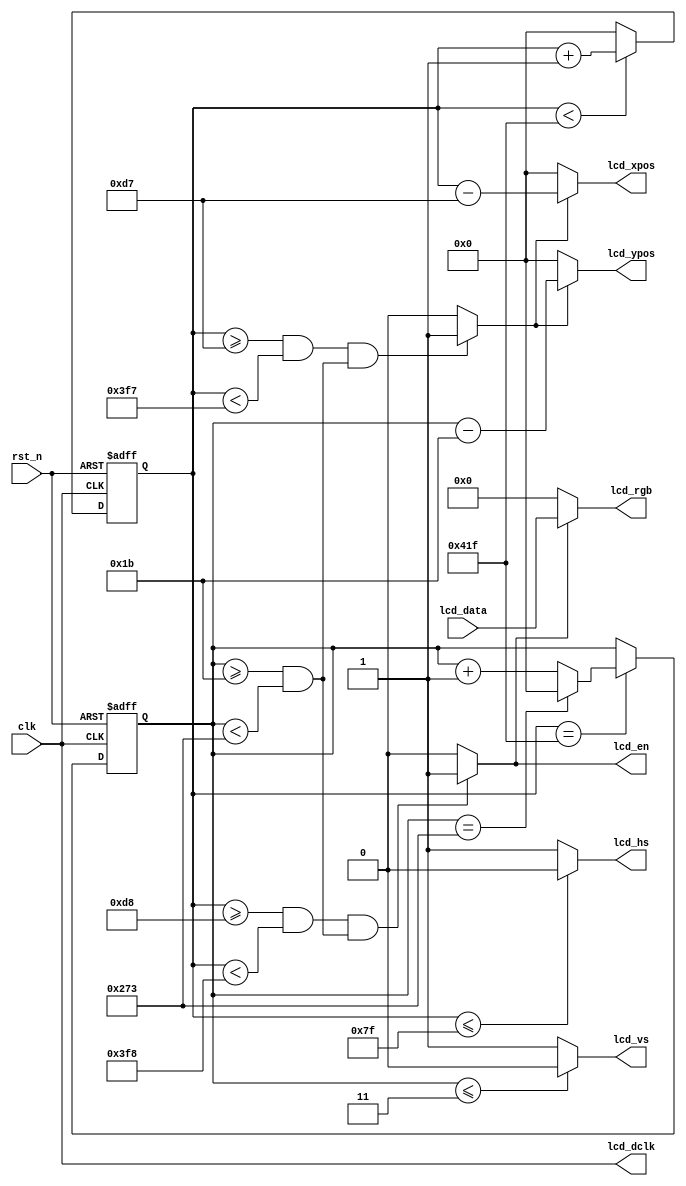
`timescale 1ns/1ns
/* VGA
************	clk		 	H_SYNC 		H_BACK 		H_DISP 		H_FRONT 	H_TOTAL 		V_SYNC 		V_BACK 		V_DISP 		V_FRONT 	V_TOTAL		*
640x480@60Hz	25.2MHz		96			48 			640 		16 			800 			2			33			480 		10			525		*
800x600@60Hz	40MHz		128			88 			800 		40 			1056			4			23			600 		1			628		*
1024x768@60Hz	65MHz		136			160 		1024 		24 			1344			6			29			768 		3			806		*
1280x720@60Hz	74.25MHz	40			220 		1280 		110			1650			5			20			720 		5			750		*
1280x1024@60Hz	108MHz		112			248 		1280 		48 			1688			3			38			1024		1			1066	*
1920x1080@60Hz	148.5MHz	44			148 		1920 		88 			2200			5			36			1080		4			1125	*
*/	
module Driver
#(
	parameter H_SYNC = 128	, 		// 
	parameter H_BACK = 88	, 		// 
	parameter H_DISP = 800	, 		// 
	parameter H_FRONT = 40	, 		// 
	parameter H_TOTAL = 1056, 		// 
			
	parameter V_SYNC = 4	, 		// 
	parameter V_BACK = 23 	, 		// 
	parameter V_DISP = 600	, 		// 
	parameter V_FRONT = 1	, 		// 
	parameter V_TOTAL = 628  		// 

//	parameter H_SYNC = 136	, 		// 
//	parameter H_BACK = 160	, 		// 
//	parameter H_DISP = 1024	, 		// 
//	parameter H_FRONT = 24	, 		// 
//	parameter H_TOTAL = 1344, 		// 
			
//	parameter V_SYNC = 6	, 		// 
//	parameter V_BACK = 29 	, 		// 
//	parameter V_DISP = 768	, 		// 
//	parameter V_FRONT = 3	, 		// 
//	parameter V_TOTAL = 806  		// 
)
(
	input  wire			clk,			//VGA clock
	input  wire			rst_n,     		//sync reset
	input  wire	[23:0]	lcd_data,		//lcd data
	
	//lcd interface
	output wire			lcd_dclk,   	//lcd pixel clock
	output wire			lcd_hs,	    	//lcd horizontal sync
	output wire			lcd_vs,	    	//lcd vertical sync
	output wire			lcd_en,			//lcd display enable
	output wire	[23:0]	lcd_rgb,		//lcd display data

	//user interface
	output wire	[11:0]	lcd_xpos,		//lcd horizontal coordinate
	output wire	[11:0]	lcd_ypos		//lcd vertical coordinate
);	
 
localparam	H_AHEAD = 	12'd1;

reg [11:0] hcnt; 
reg [11:0] vcnt;
wire lcd_request;

/*******************************************
		SYNC--BACK--DISP--FRONT
*******************************************/ 
//h_sync counter & generator
always @ (posedge clk or negedge rst_n)
begin
	if (!rst_n)
		hcnt <= 12'd0;
	else
	begin
        if(hcnt < H_TOTAL - 1'b1)		//line over			
            hcnt <= hcnt + 1'b1;
        else
            hcnt <= 12'd0;
	end
end 

assign	lcd_hs = (hcnt <= H_SYNC - 1'b1) ? 1'b0 : 1'b1; // line over flag

//v_sync counter & generator
always@(posedge clk or negedge rst_n)
begin
	if (!rst_n)
		vcnt <= 12'b0;
	else if(hcnt == H_TOTAL - 1'b1)	//line over
		begin
		if(vcnt == V_TOTAL - 1'b1)		//frame over
			vcnt <= 12'd0;
		else
			vcnt <= vcnt + 1'b1;
		end
end

assign	lcd_vs = (vcnt <= V_SYNC - 1'b1) ? 1'b0 : 1'b1; // frame over flag

// LCD clock
assign	lcd_dclk = clk;

// Control Display
assign	lcd_en		=	(hcnt >= H_SYNC + H_BACK  && hcnt < H_SYNC + H_BACK + H_DISP) &&
						(vcnt >= V_SYNC + V_BACK  && vcnt < V_SYNC + V_BACK + V_DISP) 
						? 1'b1 : 1'b0;                   // Display Enable Signal
						
assign	lcd_rgb 	= 	lcd_en ? lcd_data : 24'h000000;	

//ahead x clock
assign	lcd_request	=	(hcnt >= H_SYNC + H_BACK - H_AHEAD && hcnt < H_SYNC + H_BACK + H_DISP - H_AHEAD) &&
						(vcnt >= V_SYNC + V_BACK && vcnt < V_SYNC + V_BACK + V_DISP) 
						? 1'b1 : 1'b0;
//lcd xpos & ypos
assign	lcd_xpos	= 	lcd_request ? (hcnt - (H_SYNC + H_BACK - H_AHEAD)) : 12'd0;
assign	lcd_ypos	= 	lcd_request ? (vcnt - (V_SYNC + V_BACK)) : 12'd0;

endmodule